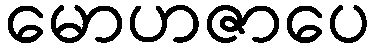
မောဟဇာပေ